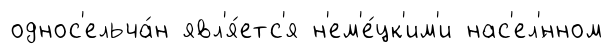
однос'ельча́н явл'я́етс'я н'ем'е́цк'им'и нас'ел'́нном